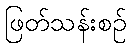
ဖြတ်သန်းစဉ်